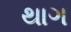
થાગ